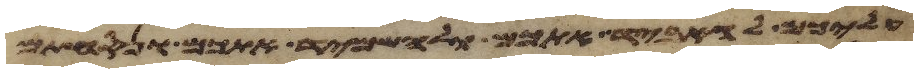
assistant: עליכם להאביד אתכם ולהשמיד אתכם ונסחתם